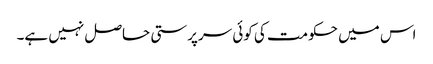
اس میں حکومت کی کوئی سرپرستی حاصل نہیں ہے۔